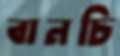
বানচি